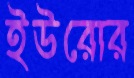
ইউরোর